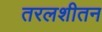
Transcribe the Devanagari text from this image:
तरलशीतन